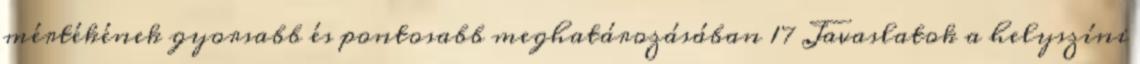
mértékének gyorsabb és pontosabb meghatározásában 17 Javaslatok a helyszíni